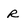
Character: R